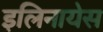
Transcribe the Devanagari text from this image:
इलिनायेस